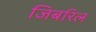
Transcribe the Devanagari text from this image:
जिबरिल